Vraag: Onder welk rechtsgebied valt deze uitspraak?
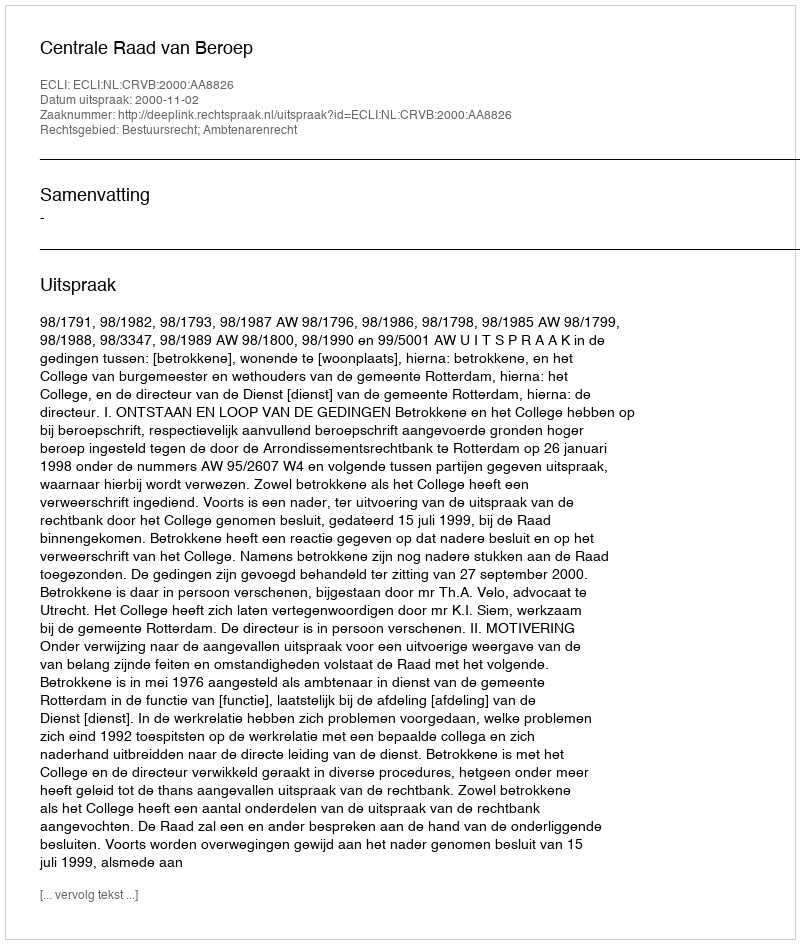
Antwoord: Bestuursrecht; Ambtenarenrecht